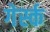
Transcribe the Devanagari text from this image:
गेर्स्क